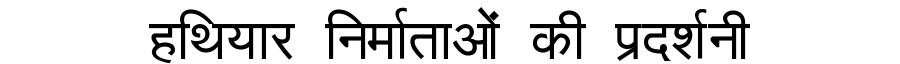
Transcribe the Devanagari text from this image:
हथियार निर्माताओं की प्रदर्शनी